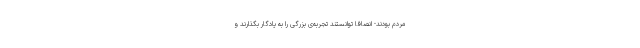
مردم بودند- انصافاً توانستند تجربه‌ی بزرگی را به یادگار بگذارند و